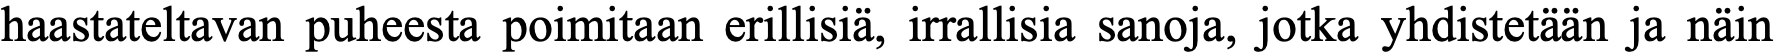
haastateltavan puheesta poimitaan erillisiä, irrallisia sanoja, jotka yhdistetään ja näin